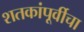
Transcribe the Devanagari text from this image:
शतकांपूर्वीचा